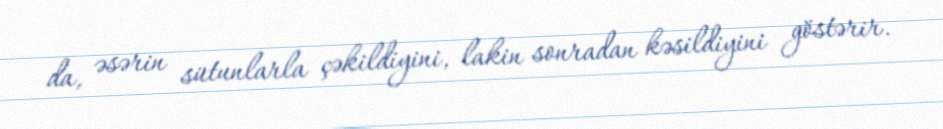
da, əsərin sütunlarla çəkildiyini, lakin sonradan kəsildiyini göstərir.